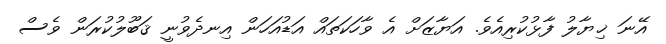
އޭނަ ޚިޔާލު ފާޅުކުރިއެވެ. އަޔާޒަށް އެ ވާހަކަތައް އަޑުއަހަން އިނދެވުނީ ޤަބޫލުކުރަން ވެސް